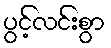
ပွင့်လင်းစွာ